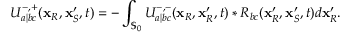
U _ { a | b c } ^ { - , + } ( \mathbf { x } _ { R } , \mathbf { x } _ { S } ^ { \prime } , t ) = - \int _ { \mathbb { S } _ { 0 } } U _ { a | b c } ^ { - , - } ( \mathbf { x } _ { R } , \mathbf { x } _ { R } ^ { \prime } , t ) * R _ { b c } ( \mathbf { x } _ { R } ^ { \prime } , \mathbf { x } _ { S } ^ { \prime } , t ) d \mathbf { x } _ { R } ^ { \prime } .